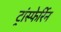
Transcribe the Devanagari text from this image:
ट्रांस्फेर्रिन